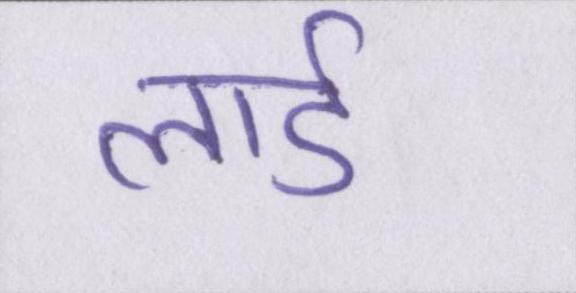
लार्ड